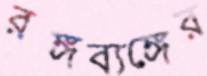
রঙ্গব্যঙ্গের